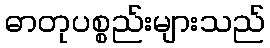
ဓာတုပစ္စည်းများသည်